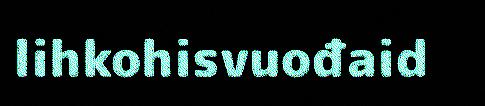
lihkohisvuođaid